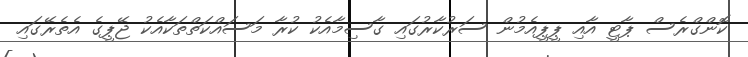
ކޮންގްރެސް ޕާޓީ އާއި ޕީޕީއެމުން ސަރުކާރުގައި ގާސިމާއެކު ކުރާ މަސައްކަތްތަކާއެކު ޖޭޕީގެ އެތެރޭގައި